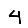
Digit: 4